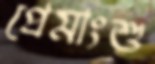
প্রেমাংশু